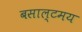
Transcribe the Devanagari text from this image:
बसाल्टमय